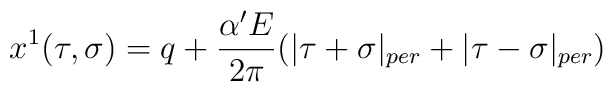
x^1(\tau ,\sigma )=q+\frac{\alpha ^{\prime }E}{2\pi }(|\tau+\sigma |_{per}+|\tau -\sigma |_{per})